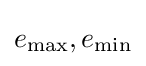
e_{\mathrm {max} },e_{\mathrm {min} }